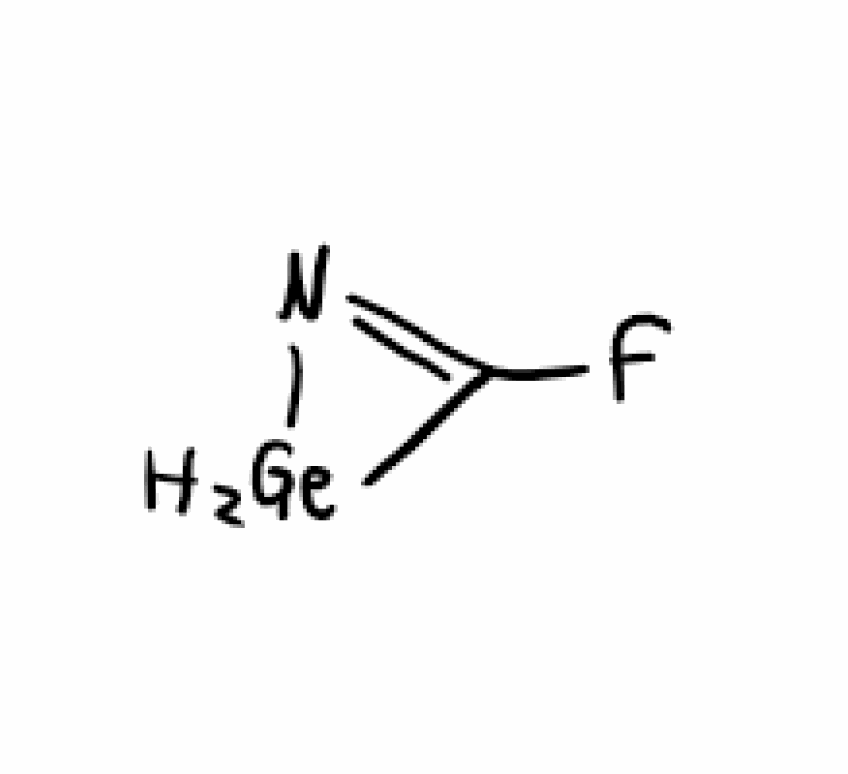
Simplified molecular-input line-entry system (SMILES) notation of the given molecule:
C1(=N[GeH2]1)F